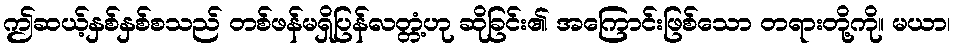
ဤဆယ့်နှစ်နှစ်စသည် တစ်ဖန်မရှိပြန်လတ္တံ့ဟု ဆိုခြင်း၏ အကြောင်းဖြစ်သော တရားတို့ကို။ မယာ၊